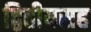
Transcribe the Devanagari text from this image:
द्वितीयसह